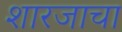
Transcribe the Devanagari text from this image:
शारजाचा